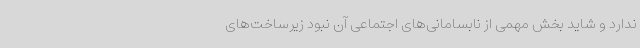
ندارد و شاید بخش مهمی از نابسامانی‌های اجتماعی آن نبود زیرساخت‌های